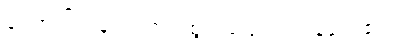
ကြောက်လန့်တကြား ထွက်ပြေးကြကုန်လေ၏။